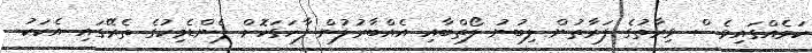
ކަމެއްގައިވެސް ވިރާތުގެ ފަރާތުން ލިބުނު ލޯތްބާއި އެއްބާރުލުން ފާހަގަކޮށް ޕެންޑެމިކުގެ ތެރޭގައި އެކަކު